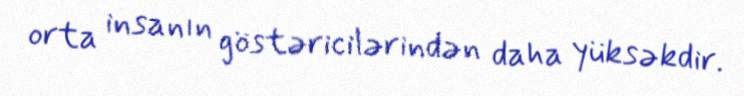
orta insanın göstəricilərindən daha yüksəkdir.